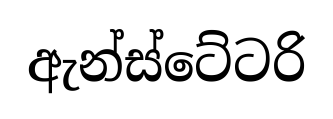
ඇන්ස්ටේටරි